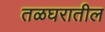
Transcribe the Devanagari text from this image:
तळघरातील